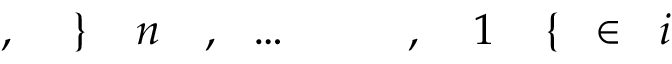
i \! \! \! \! \! \! \! \! \! \! \! \! \in \! \! \! \! \! \! \! \! \! \! \! \! \{ \! \! \! \! \! \! \! \! \! \! \! \! 1 \! \! \! \! \! \! \! \! \! \! \! \! , \! \! \! \! \! \! \! \! \! \! \! \! \! \! \! \! \! \! \! \! \! \! \! \! \ldots \! \! \! \! \! \! \! \! \! \! \! \! , \! \! \! \! \! \! \! \! \! \! \! \! n \! \! \! \! \! \! \! \! \! \! \! \! \} \! \! \! \! \! \! \! \! \! \! \! \! , \! \! \! \! \! \! \! \! \! \! \!